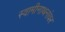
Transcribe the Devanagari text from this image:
स्वामीनाथनांवर